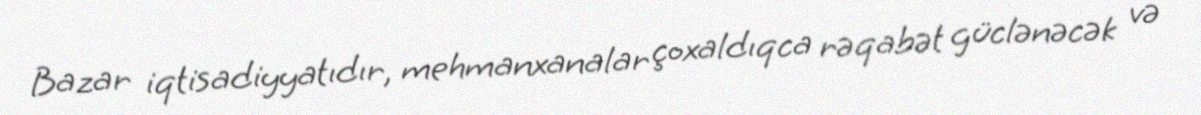
Bazar iqtisadiyyatıdır, mehmanxanalar çoxaldıqca rəqabət güclənəcək və